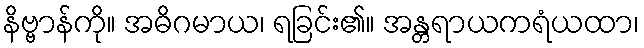
နိဗ္ဗာန်ကို။ အဓိဂမာယ၊ ရခြင်း၏။ အန္တရာယကရံယထာ၊